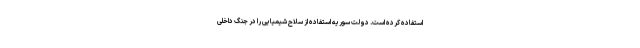
استفاده کرده است. دولت سوریه استفاده از سلاح شیمیایی را در جنگ داخلی